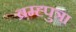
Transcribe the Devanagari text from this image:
ब्रम्ह्पुत्रा